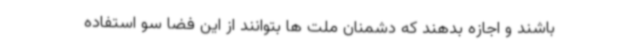
باشند و اجازه بدهند که دشمنان ملت ها بتوانند از این فضا سو استفاده